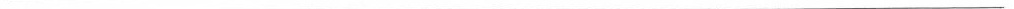
___